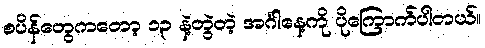
စပိန်တွေကတော့ ၁၃ နဲ့တွဲတဲ့ အင်္ဂါနေ့ကို ပိုကြောက်ပါတယ်။